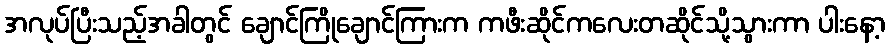
အလုပ်ပြီးသည့်အခါတွင် ချောင်ကြိုချောင်ကြားက ကဖီးဆိုင်ကလေးတဆိုင်သို့သွားကာ ပါးနော့